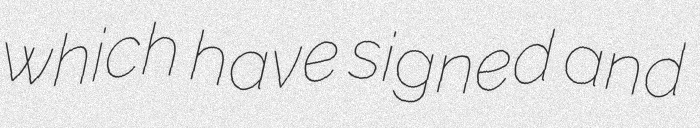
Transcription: which have signed and